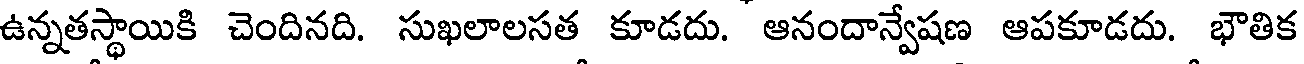
ఉన్నతస్థాయికి చెందినది. సుఖలాలసత కూడదు. ఆనందాన్వేషణ ఆపకూడదు. భౌతిక